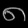
Digit: ၈